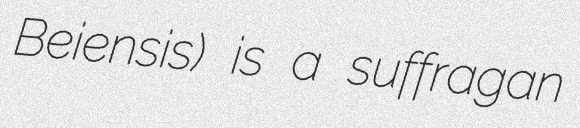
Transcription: Beiensis) is a suffragan